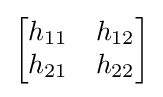
{\begin{bmatrix}h_{11}&h_{12}\\h_{21}&h_{22}\end{bmatrix}}